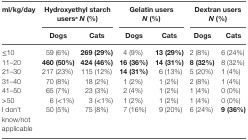
| <ROWSPAN=2> ml/kg/day | <COLSPAN=2> Hydroxyethyl starch usersaN (%) | <COLSPAN=2> Gelatin users N (%) | <COLSPAN=2> Dextran usersN (%) |
 | Dogs | Cats | Dogs | Cats | Dogs | Cats |
 | --- | --- | --- | --- | --- | --- | --- |
 | ≤10 | 59 (6%) | 269 (29%) | 4 (9%) | 13 (29%) | 2 (8%) | 6 (24%) |
 | 11–20 | 460 (50%) | 424 (46%) | 16 (36%) | 14 (31%) | 8 (32%) | 8 (32%) |
 | 21–30 | 217 (23%) | 115 (12%) | 14 (31%) | 6 (13%) | 5 (20%) | 1 (4%) |
 | 31–40 | 70 (8%) | 18 (2%) | 1 (2%) | 1 (2%) | 2 (8%) | 1 (4%) |
 | 41–50 | 65 (7%) | 23 (3%) | 2 (4%) | 1 (2%) | 1 (4%) | 0 (0%) |
 | >50 | 6 (<1%) | 3 (<1%) | 1 (2%) | 1 (2%) | 1 (4%) | 0 (0%) |
 | I don’t know/not applicable | 50 (5%) | 75 (8%) | 7 (16%) | 9 (20%) | 6 (24%) | 9 (36%) |